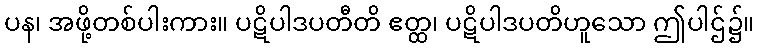
ပန၊ အဖို့တစ်ပါးကား။ ပဋိပါဒပတီတိ ဧတ္ထ၊ ပဋိပါဒပတိဟူသော ဤပါဌ်၌။